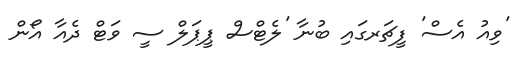
'ވިއު އެސް' ފީޗަރގައި ބުނާ 'ލެޓްސް ޕީޕަލް ސީ ވަޓް ދެއާ އޯން